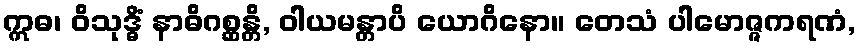
ဣဓ၊ ဝိသုဒ္ဓိံ နာဓိဂစ္ဆန္တိ, ဝါယမန္တာပိ ယောဂိနော။ တေသံ ပါမောဇ္ဇကရဏံ,